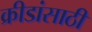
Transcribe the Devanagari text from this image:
क्रीडांसाठी